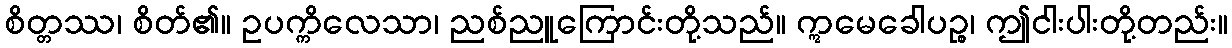
စိတ္တဿ၊ စိတ်၏။ ဥပက္ကိလေသာ၊ ညစ်ညူကြောင်းတို့သည်။ ဣမေခေါပဉ္စ၊ ဤငါးပါးတို့တည်း။